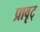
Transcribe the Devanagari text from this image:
प्रावृट्